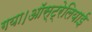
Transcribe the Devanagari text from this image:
गया।ऑस्ट्रेलियाई